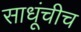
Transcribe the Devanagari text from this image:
साधूंचीच